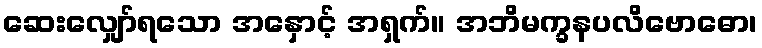
ဆေးလျှော်ရသော အနှောင့် အရှက်။ အဘိမက္ခနပလိဗောဓော၊